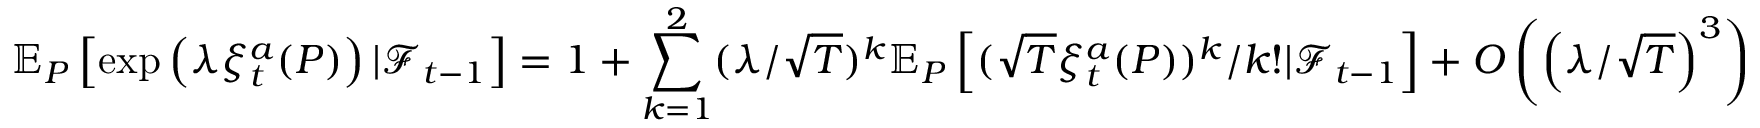
\mathbb { E } _ { P } \left[ \exp \left( \lambda \xi _ { t } ^ { a } ( P ) \right) | \mathcal { F } _ { t - 1 } \right] = 1 + \sum _ { k = 1 } ^ { 2 } ( \lambda / \sqrt { T } ) ^ { k } \mathbb { E } _ { P } \left[ ( \sqrt { T } \xi _ { t } ^ { a } ( P ) ) ^ { k } / k ! | \mathcal { F } _ { t - 1 } \right] + O \left( \left( \lambda / \sqrt { T } \right) ^ { 3 } \right)